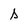
Character: s